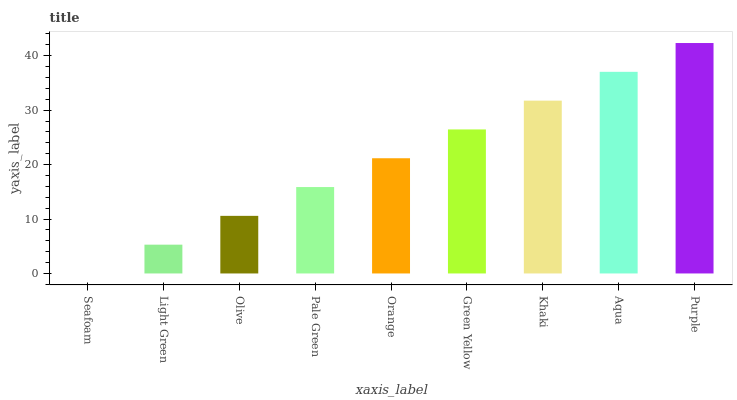
| xaxis_label | bars |
 | --- | --- |
 | Seafoam | 0 |
 | Light Green | 5.29 |
 | Olive | 10.6 |
 | Pale Green | 15.9 |
 | Orange | 21.2 |
 | Green Yellow | 26.5 |
 | Khaki | 31.7 |
 | Aqua | 37 |
 | Purple | 42.3 |